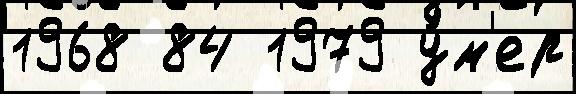
1968 84 1979 у́м'ер